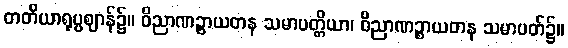
တတိယာရုပ္ပဈာန်၌။ ဝိညာဏဉ္စာယတန သမာပတ္တိယာ၊ ဝိညာဏဉ္စာယတန သမာပတ်၌။